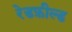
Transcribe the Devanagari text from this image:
रेडफ़ील्ड